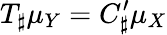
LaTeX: T_{\sharp}\mu_{Y}=C_{\sharp}^{\prime}\mu_{X}